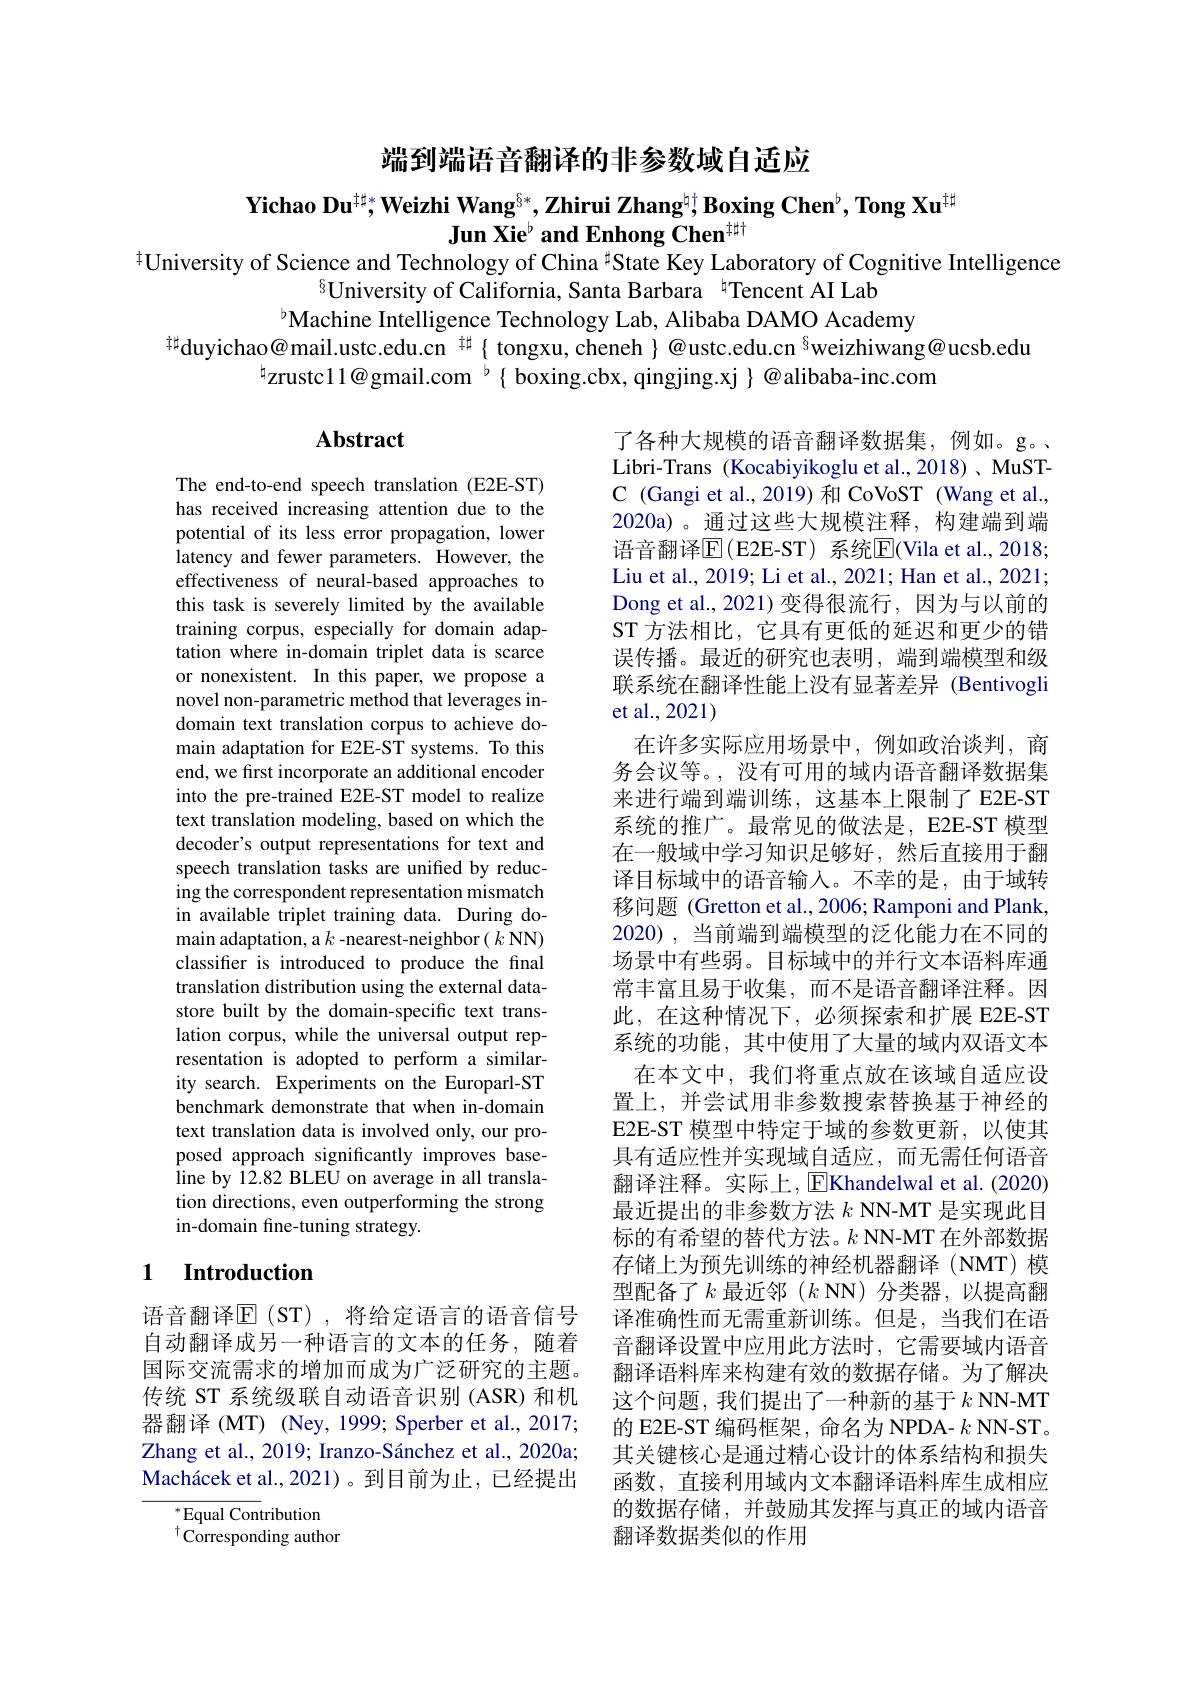
端到端语音翻译的非参数域自适应

# Yichao Du$^{\sharp*}$, Weizhi Wang$^{\S*},\textbf{Zhirui Zhang}^{\natural\dagger}$, Boxing Chen$^\flat,\textbf{Tong Xu}^{\sharp}$ Jun Xie$^\flat\textbf{and Enhong Chen}^{\#\sharp}$

$^{\ddagger}$University of Science and Technology of China $^{\sharp}$State Key Laboratory of Cognitive Intelligence
$^{8}$University of California, Santa Barbara $^{4}$Tencent AI Lab
$^{b}$Machine Intelligence Technology Lab, Alibaba DAMO Academy
$^{\sharp}$duyichao@mail.ustc.edu.cn $^{\sharp}\{$ tongxu, cheneh $\}@$ustc.edu.cn$^{\textcircled{\mathrm{s}}}$weizhiwang@ucsb.edu
$^{\mathrm{h}}$zrustc11@gmail.com $^{\mathrm{b}}\{$ boxing.cbx, qingjing.xj $\}$ @alibaba-inc.com

## Abstract

The end-to-end speech translation (E2E-ST) has received increasing attention due to the potential of its less error propagation, lower latency and fewer parameters. However, the effectiveness of neural-based approaches to this task is severely limited by the available training corpus, especially for domain adaptation where in-domain triplet data is scarce or nonexistent. In this paper, we propose a novel non-parametric method that leverages indomain text translation corpus to achieve domain adaptation for E2E-ST systems. To this end, we first incorporate an additional encoder into the pre-trained E2E-ST model to realize text translation modeling, based on which the decoder's output representations for text and speech translation tasks are unified by reducing the correspondent representation mismatch in available triplet training data. During domain adaptation, a $k$ -nearest-neighbor $(k$ NN) classifer is introduced to produce the final translation distribution using the external datastore built by the domain-specific text translation corpus, while the universal output representation is adopted to perform a similarity search. Experiments on the Europarl-ST benchmark demonstrate that when in-domain text translation data is involved only, our proposed approach significantly improves baseline by 12.82 BLEU on average in all translation directions, even outperforming the strong in-domain fine-tuning strategy.

了各种大规模的语音翻译数据集，例如。g。、 Libri-Trans (Kocabiyikoglu et al.,2018)、MuSTC (Gangi et al.,2019)和 CoVoST (Wang et al., 2020a)。通过这些大规模注释，构建端到端语音翻译$\overline{\mathrm{E}}($E2E-ST)系统$\overline{\mathrm{E}}($Vila et al.,2018; Liu et al., 2019; Li et al., 2021; Han et al., 2021; Dong et al.,2021)变得很流行，因为与以前的ST 方法相比，它具有更低的延迟和更少的错误传播。最近的研究也表明，端到端模型和级联系统在翻译性能上没有显著差异 (Bentivogli et al.,2021)
在许多实际应用场景中，例如政治谈判，商务会议等。, 没有可用的域内语音翻译数据集来进行端到端训练，这基本上限制了 E2E-ST 系统的推广。最常见的做法是，E2E-ST 模型在一般域中学习知识足够好，然后直接用于翻译目标域中的语音输入。不幸的是，由于域转移问题 (Gretton et al., 2006; Ramponi and Plank, 2020), 当前端到端模型的泛化能力在不同的场景中有些弱。目标域中的并行文本语料库通常丰富且易于收集，而不是语音翻译注释。因此，在这种情况下，必须探索和扩展 E2E-ST 系统的功能，其中使用了大量的域内双语文本
在本文中，我们将重点放在该域自适应设置上，并尝试用非参数搜索替换基于神经的E2E-ST 模型中特定于域的参数更新，以使其具有适应性并实现域自适应，而无需任何语音翻译注释。实际上，$\operatorname{E}$Khandelwal et al.(2020) 最近提出的非参数方法$k$ NN-MT 是实现此目标的有希望的替代方法。$k$ NN-MT 在外部数据存储上为预先训练的神经机器翻译(NMT)模型配备了$k$ 最近邻 $(k$ NN)分类器，以提高翻译准确性而无需重新训练。但是，当我们在语音翻译设置中应用此方法时，它需要域内语音翻译语料库来构建有效的数据存储。为了解决这个问题，我们提出了一种新的基于$k$ NN-MT 的 E2E-ST 编码框架，命名为 NPDA- $k$ NN-ST。其关键核心是通过精心设计的体系结构和损失函数，直接利用域内文本翻译语料库生成相应的数据存储，并鼓励其发挥与真正的域内语音翻译数据类似的作用

# 1 Introduction

语音翻译$\overline{\mathbb{E}}($ST),将给定语言的语音信号自动翻译成另一种语言的文本的任务，随着国际交流需求的增加而成为广泛研究的主题。传统 ST 系统级联自动语音识别 (ASR)和机器翻译 (MT) (Ney, 1999; Sperber et al., 2017; Zhang et al., 2019; Iranzo-Sánchez et al., 2020a; Machácek et al., 2021)。到目前为止，已经提出

Equal Contribution $^{\dagger}{\mathrm{Corresponding~author}}$